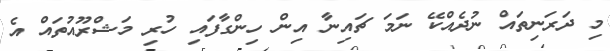
މި ދަރަނިތައް ނުދެއްކޭ ނަމަ ޗައިނާ އިން ހިންގާފައި ހުރި މަޝްރޫއުތައް އެ